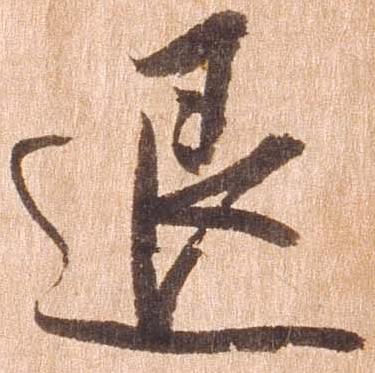
退